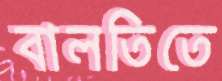
বালতিতে